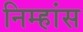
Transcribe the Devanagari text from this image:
निम्हांस